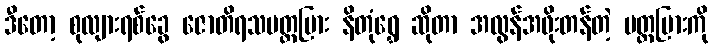
ဒီတော့ စုလျားရစ်ခွေ ဇောတိရသပတ္တမြား နိတုံရွှေ ဆိုတာ အလွန်အဖိုးတန်တဲ့ ပတ္တမြားကို